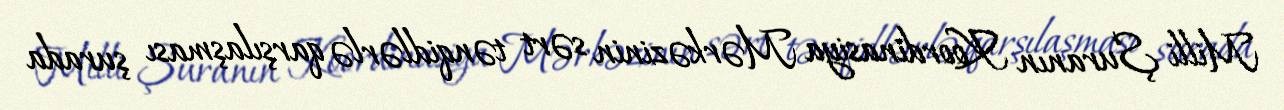
Milli Şuranın Koordinasiya Mərkəzinin sərt tənqidlərlə qarşılaşması şurada